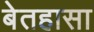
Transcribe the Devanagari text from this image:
बेतहासा